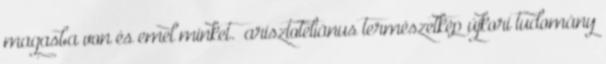
magasba von és emel minket.” arisztoteliánus természetkép újkori tudomány